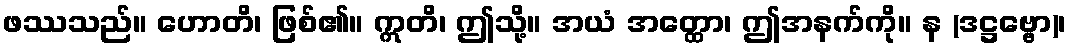
ဖဿသည်။ ဟောတိ၊ ဖြစ်၏။ ဣတိ၊ ဤသို့။ အယံ အတ္ထော၊ ဤအနက်ကို။ န (ဒဋ္ဌဗ္ဗော)၊